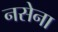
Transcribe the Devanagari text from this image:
नसेना